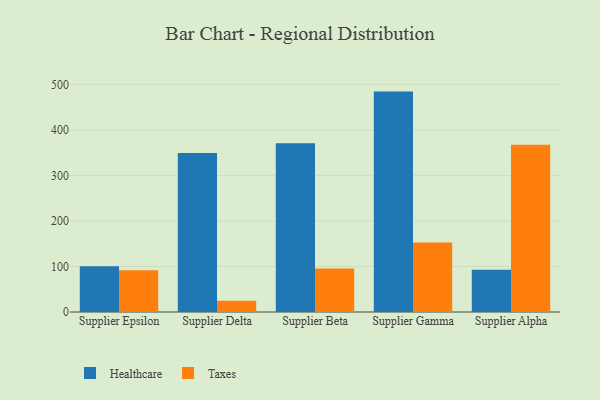
{"axis": {"x": "Supplier", "y": "Gross Profit (USD K)"}, "legend": ["Healthcare", "Taxes"], "data": [{"x": "Supplier Epsilon", "y": 100.5, "type": "Healthcare"}, {"x": "Supplier Epsilon", "y": 91.6, "type": "Taxes"}, {"x": "Supplier Delta", "y": 349.0, "type": "Healthcare"}, {"x": "Supplier Delta", "y": 24.9, "type": "Taxes"}, {"x": "Supplier Beta", "y": 370.8, "type": "Healthcare"}, {"x": "Supplier Beta", "y": 95.7, "type": "Taxes"}, {"x": "Supplier Gamma", "y": 484.1, "type": "Healthcare"}, {"x": "Supplier Gamma", "y": 152.5, "type": "Taxes"}, {"x": "Supplier Alpha", "y": 93.0, "type": "Healthcare"}, {"x": "Supplier Alpha", "y": 367.3, "type": "Taxes"}]}